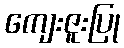
ကျေးဇူးပြု